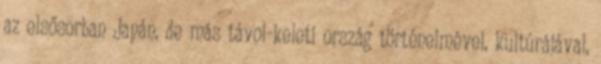
az elsősorban Japán, de más távol-keleti ország történelmével, kultúrájával,